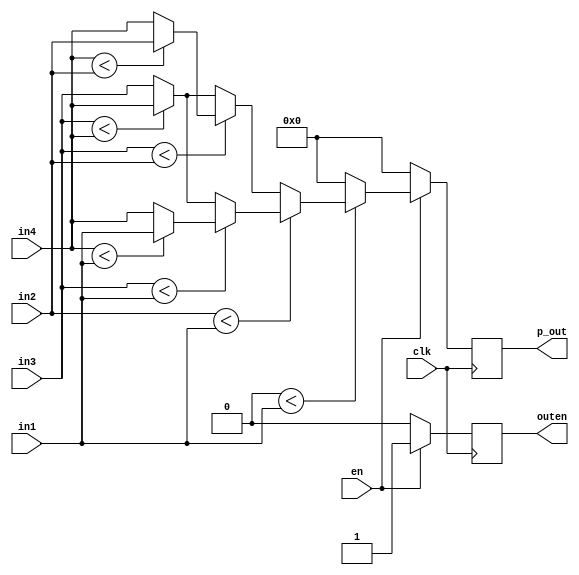
`timescale 1ns / 1ps
//////////////////////////////////////////////////////////////////////////////////
// Company: 
// Engineer: 
// 
// Design Name: 
// Module Name: pooling
// Project Name: 
// Target Devices: 
// Tool Versions: 
// Description: 
// 
// Dependencies: 
// 
// Revision:
// Revision 0.01 - File Created
// Additional Comments:
// 
//////////////////////////////////////////////////////////////////////////////////


module pooling(
input clk,
input [15:0] in1,
input [15:0] in2,
input [15:0] in3,
input [15:0] in4,
input en,
output reg [15:0] p_out,
output reg outen

    );
    
   reg [15:0] inimax= 16'b000000000000000;
   always @ (posedge clk) begin
           if(en) begin
               if(inimax < (in1)) begin
                   if((in2) < (in1)) begin
                       if((in3) < (in1)) begin
                           if((in4) < (in1)) begin
                               p_out <= in1;
                               outen <= 1;
                           end
                           else begin
                               p_out <= in4;
                               outen <= 1;
                           end
                       end
                       else begin
                           if((in3) < (in4)) begin
                               p_out <= in4;
                               outen <= 1;
                           end
                           else begin
                               p_out <= in3;
                               outen <= 1;
                           end
                       end
                   end
                   else begin
                       if((in3) < (in2)) begin
                           if((in4) < (in2)) begin
                               p_out <= in2;
                               outen <= 1;
                           end
                           else begin
                               p_out <= in4;
                               outen <= 1;
                           end
                       end
                       else begin
                           if((in3) < (in4)) begin
                               p_out <= in4;
                               outen <= 1;
                           end
                           else begin
                               p_out <= in3;
                               outen <= 1;
                           end
                       end
                   end
               end
               else begin
                   p_out <= inimax;
                   outen <= 1;
               end
           end
           else begin
               p_out <= 0;
               outen <= 0;
           end
       end

endmodule